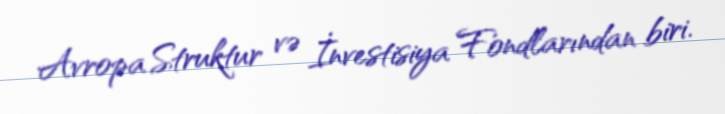
Avropa Struktur və İnvestisiya Fondlarından biri.